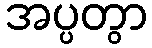
အပ္ပတွာ